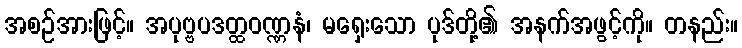
အစဉ်အားဖြင့်။ အပုဗ္ဗပဒတ္ထဝဏ္ဏနံ၊ မရှေးသော ပုဒ်တို့၏ အနက်အဖွင့်ကို။ တနည်း။